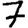
Digit: 7